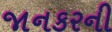
જાનકરની